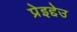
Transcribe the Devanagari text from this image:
प्रेइद्देउ